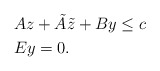
\begin{align*}& Az + \tilde A \tilde z + B y \le c \\& Ey = 0. \end{align*}